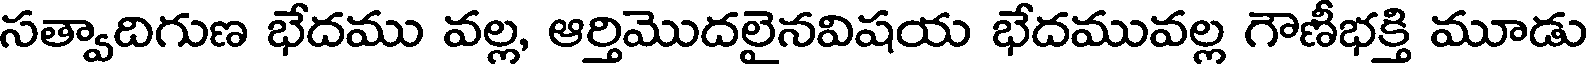
సత్వాదిగుణ భేదము వల్ల, ఆర్తిమొదలైనవిషయ భేదమువల్ల గౌణీభక్తి మూడు